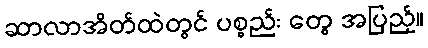
ဆာလာအိတ်ထဲတွင် ပစ္စည်း တွေ အပြည့်။